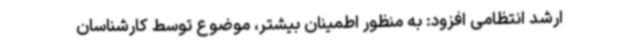
ارشد انتظامی افزود: به منظور اطمینان بیشتر، موضوع توسط کارشناسان